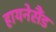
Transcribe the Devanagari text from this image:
हायनेसैंड